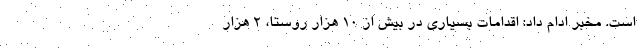
است. مخبر ادام داد: اقدامات بسیاری در بیش از ۱۰ هزار روستا، ۲ هزار